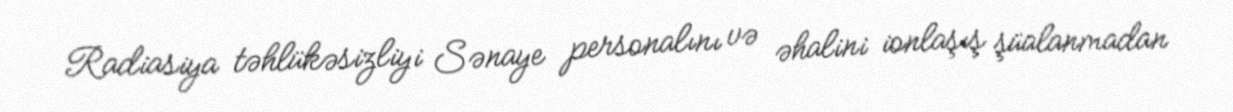
Radiasiya təhlükəsizliyi Sənaye personalını və əhalini ionlaşış şüalanmadan